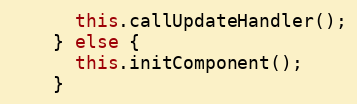
Language: JavaScript
      this.callUpdateHandler();
    } else {
      this.initComponent();
    }